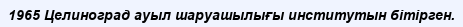
1965 Целиноград ауыл шаруашылығы институтын бітірген.